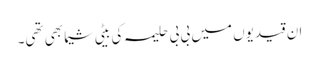
ان قیدیوں میں بی بی حلیمہ کی بیٹی شیما بھی تھی۔